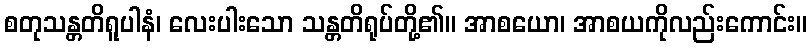
စတုသန္တတိရူပါနံ၊ လေးပါးသော သန္တတိရုပ်တို့၏။ အာစယော၊ အာစယကိုလည်းကောင်း။